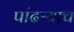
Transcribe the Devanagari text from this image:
पांढऱ्याच